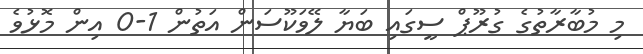
މި މުބާރާތުގެ ގުރޫޕް ސީގައި ބަޔާ ލޭވަކޫސަން އަތުން 1-0 އިން މޮޅުވެ